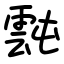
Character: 霕